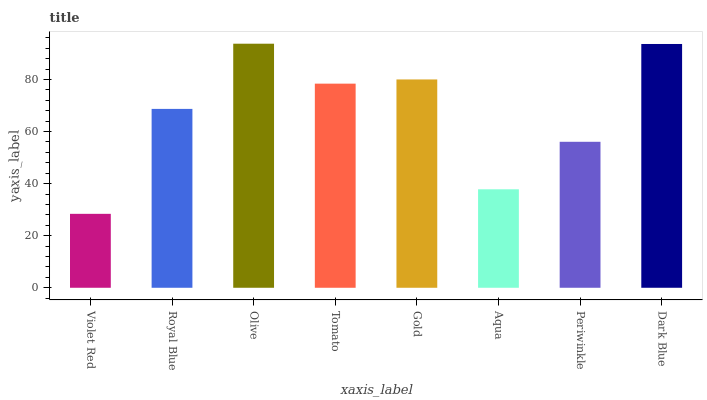
| xaxis_label | bars |
 | --- | --- |
 | Violet Red | 28.4 |
 | Royal Blue | 68.7 |
 | Olive | 93.7 |
 | Tomato | 78.4 |
 | Gold | 80 |
 | Aqua | 37.8 |
 | Periwinkle | 56.1 |
 | Dark Blue | 93.6 |